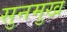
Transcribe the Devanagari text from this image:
सुनमुख